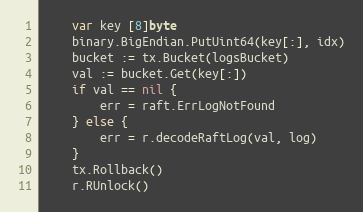
Language: Go
	var key [8]byte
	binary.BigEndian.PutUint64(key[:], idx)
	bucket := tx.Bucket(logsBucket)
	val := bucket.Get(key[:])
	if val == nil {
		err = raft.ErrLogNotFound
	} else {
		err = r.decodeRaftLog(val, log)
	}
	tx.Rollback()
	r.RUnlock()